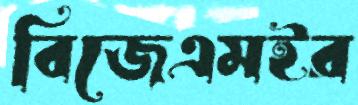
বিজেএমইর